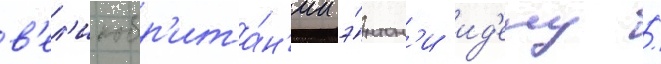
в'ел'икобр'ита́н'ии э́нтон'и ид'ену /